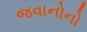
જવાનોનો